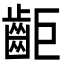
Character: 䶙